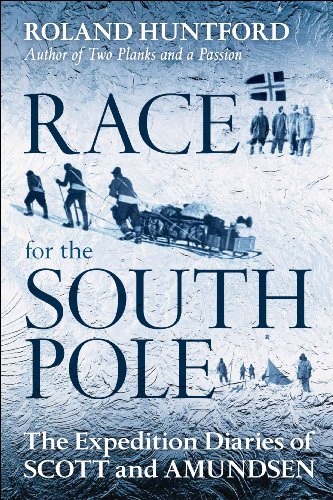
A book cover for Race for the South Pole: The Expedition Diaries of Scott and Amundsen; Roland Huntford; History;